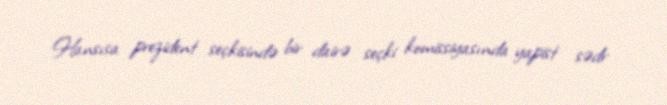
Hansısa prezident seçkisində bir dairə seçki komissiyasında yapist sədr